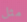
مثل